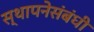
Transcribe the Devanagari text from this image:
स्थापनेसंबंधी